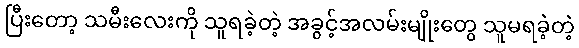
ပြီးတော့ သမီးလေးကို သူရခဲ့တဲ့ အခွင့်အလမ်းမျိုးတွေ သူမရခဲ့တဲ့